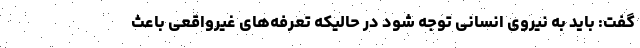
گفت: باید به نیروی انسانی توجه شود در حالیکه تعرفه‌های غیرواقعی باعث